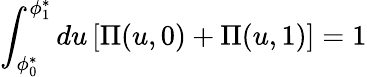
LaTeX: \int_{\phi_{0}^{*}}^{\phi_{1}^{*}}du\left[\Pi(u,0)+\Pi(u,1)\right]=1